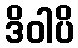
ဒိဝါပိ